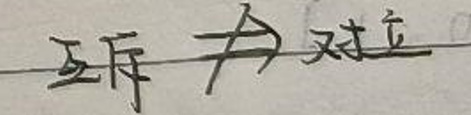
互斥$\nRightarrow$对立